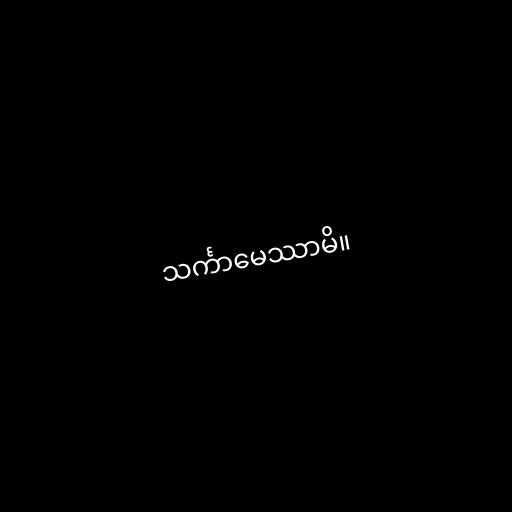
သင်္ကာမေဿာမိ။